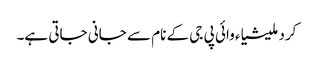
کرد ملیشیاء وائی پی جی کے نام سے جانی جاتی ہے۔